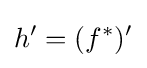
h'=(f^{*})'